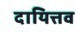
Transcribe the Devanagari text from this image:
दायित्तव